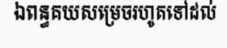
ឯពន្ធគយសម្រេចរហូតទៅដល់